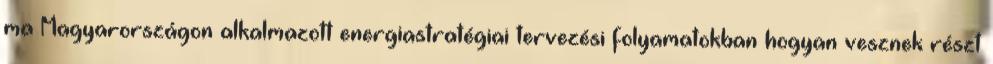
ma Magyarországon alkalmazott energiastratégiai tervezési folyamatokban hogyan vesznek részt